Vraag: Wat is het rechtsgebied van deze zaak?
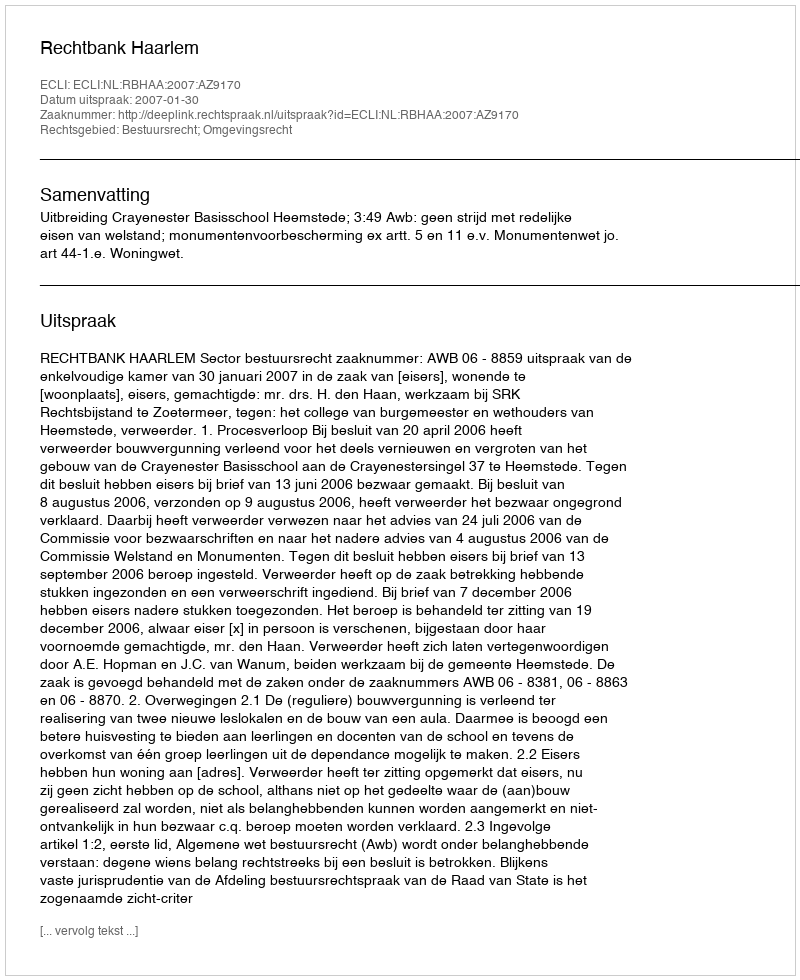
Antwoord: Bestuursrecht; Omgevingsrecht